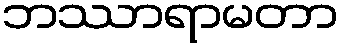
ဘဿာရာမတာ